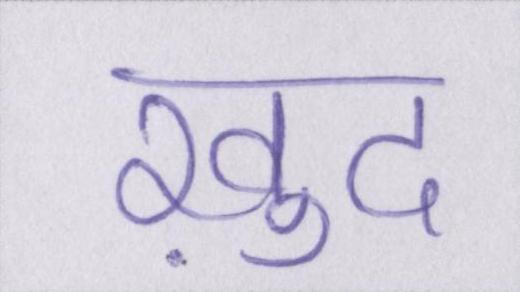
ख़ुद